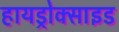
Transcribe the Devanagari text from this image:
हायड्रोक्साइड